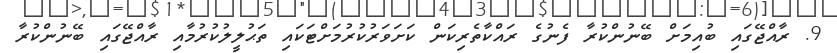
9. ރާއްޖޭގައި ބުއިމަށް ބޭނުންކުރާ ފެނުގެ ރައްކާތެރިކަން ކަށަވަރުކުރުމަށްޓަކައި ތަޙުލީލުކުރުމާއި ރާއްޖޭގައި ބޭނުންކުރާ